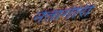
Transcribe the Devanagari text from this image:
नेतागीरी